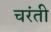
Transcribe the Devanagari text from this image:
चरंती